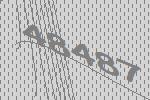
48487